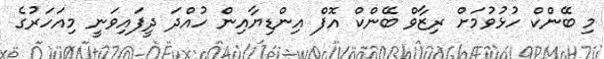
މި ބޭންކް ހުޅުވުމަށް ރިޒާވް ބޭންކް އޮފް އިންޑިޔާއިން ހުއްދަ ދީފައިވަނީ މިއަހަރުގެ